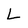
Character: L